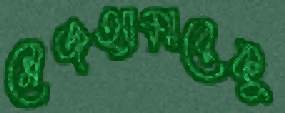
স্লেজহ্যামারেকু